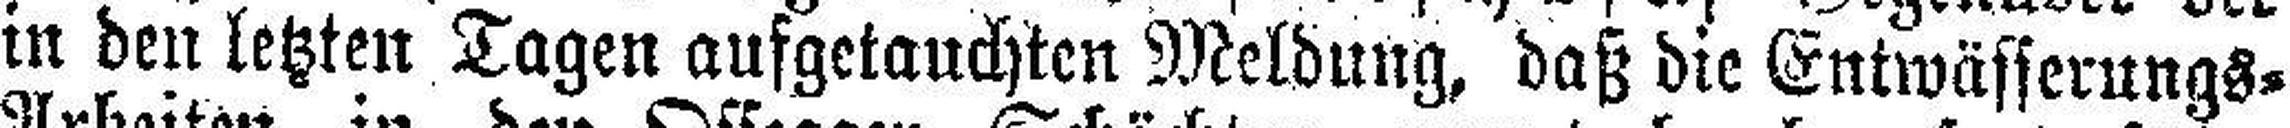
in den letzten Tagen aufgetauchten Meldung, daß die Entwässerungs=